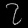
Digit: ၇